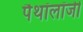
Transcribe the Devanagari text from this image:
पैथॉलॉजी